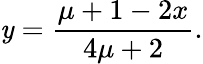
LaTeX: \mathit{y}=\frac{{\mu+1-2x}}{{4\mu+2}}.